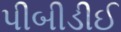
પીબીડીઈ